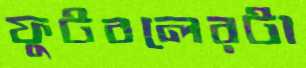
ফুটবলেরটা